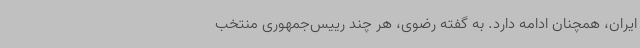
ایران، همچنان ادامه دارد. به گفته رضوی، هر چند رییس‌جمهوری منتخب